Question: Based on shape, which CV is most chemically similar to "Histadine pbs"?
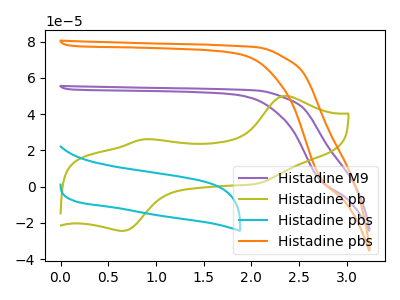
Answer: <think>The purple curve "Histadine M9" has no peaks. The olive curve "Histadine pb" has anodic peaks at (2.35V, 50.10uA) (0.85V, 26.10uA) and cathodic peaks at (0.65V, -24.35uA) (2.05V, 1.50uA). The cyan curve "Histadine pbs" has no peaks. The orange curve "Histadine pbs" has no peaks.
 "Histadine M9" and "Histadine pb" have a different number of peaks. Neither "Histadine M9" or "Histadine pbs" have any peaks. Neither "Histadine M9" or "Histadine pbs" have any peaks. "Histadine pb" and "Histadine pbs" have a different number of peaks. "Histadine pb" and "Histadine pbs" have a different number of peaks. Neither "Histadine pbs" or "Histadine pbs" have any peaks.</think>
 <answer>"Histadine pbs" and "Histadine pbs" have a similar shape to "Histadine M9".</answer>
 <eval>"Histadine pbs" "Histadine pbs"</eval>